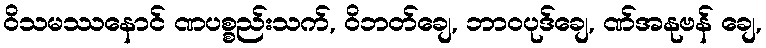
ဝိသမဿနောင် ဏပစ္စည်းသက်, ဝိဘတ်ချေ, ဘာဝပုဒ်ချေ, ဏ်အနုဗန် ချေ,